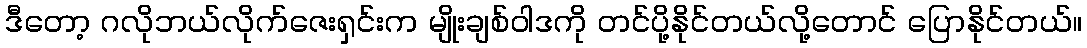
ဒီတော့ ဂလိုဘယ်လိုက်ဇေးရှင်းက မျိုးချစ်ဝါဒကို တင်ပို့နိုင်တယ်လို့တောင် ပြောနိုင်တယ်။